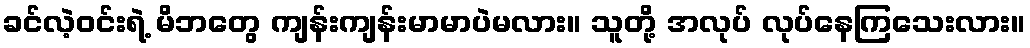
ခင်လဲ့ဝင်းရဲ့ မိဘတွေ ကျန်းကျန်းမာမာပဲမလား။ သူတို့ အလုပ် လုပ်နေကြသေးလား။